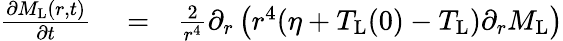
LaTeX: \begin{array}{rlr}{\frac{\partial M_{\mathrm{L}}(r,t)}{\partial t}}&{{}=}&{\frac{2}{r^{4}}\partial_{r}\left(r^{4}(\eta+T_{\mathrm{L}}(0)-T_{\mathrm{L}})\partial_{r}M_{\mathrm{L}}\right)}\end{array}